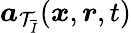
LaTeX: \boldsymbol{a}_{\mathcal{T}_{\overline{{I}}}}(\boldsymbol{x},\boldsymbol{r},t)